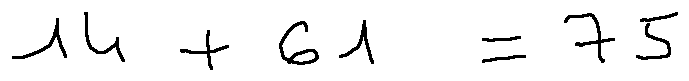
1 4 + 6 1 = 7 5